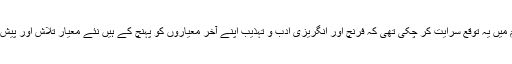
اس دورِ عروج میں روسی اہلِ قلم میں یہ توقع سرایت کر چکی تھی کہ فرنچ اور انگریزی ادب و تہذیب اپنے آخر معیاروں کو پہنچ کے ہیں نئے معیار تلاش اور پیش کرنا اب روسیوں کو مقدّر ہو گا۔